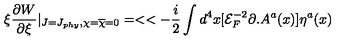
\xi \frac { \partial W } { \partial \xi } | _ { J = J _ { p h y } , \chi = { \overline { { \chi } } } = 0 } = < < - \frac { i } { 2 } \int d ^ { 4 } x [ { \mathcal { E } } _ { F } ^ { - 2 } \partial . A ^ { a } ( x ) ] \eta ^ { a } ( x )